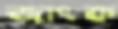
জাংক